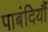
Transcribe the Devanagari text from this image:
पाबंदियौं